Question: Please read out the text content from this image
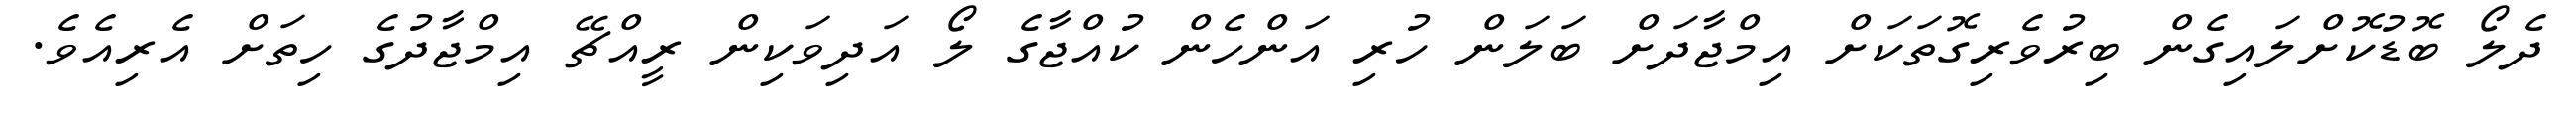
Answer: ދެލޯ ބޮޑުކޮށްލައިގެން ބިރުވެރިގޮތަކަށް އިމްޖާދަށް ބަލަން ހުރި އަންހެން ކުއްޖާގެ ލޯ އަދިވަކިން ރީއްޗޭ އިމްޖާދުގެ ހިތަށް އެރިއެވެ.